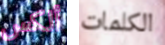
ألكس الكلمات